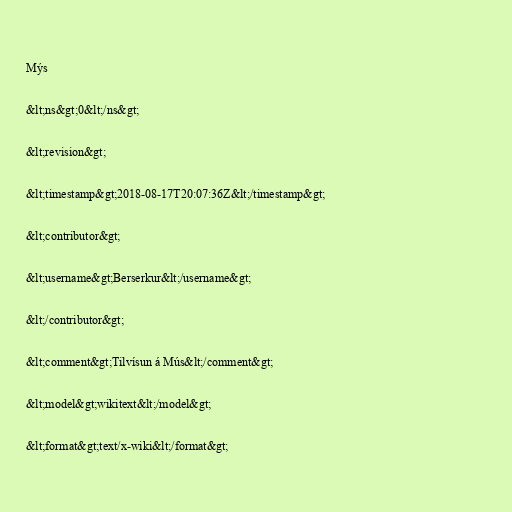
Mýs

&lt;ns&gt;0&lt;/ns&gt;

&lt;revision&gt;

&lt;timestamp&gt;2018-08-17T20:07:36Z&lt;/timestamp&gt;

&lt;contributor&gt;

&lt;username&gt;Berserkur&lt;/username&gt;

&lt;/contributor&gt;

&lt;comment&gt;Tilvísun á Mús&lt;/comment&gt;

&lt;model&gt;wikitext&lt;/model&gt;

&lt;format&gt;text/x-wiki&lt;/format&gt;